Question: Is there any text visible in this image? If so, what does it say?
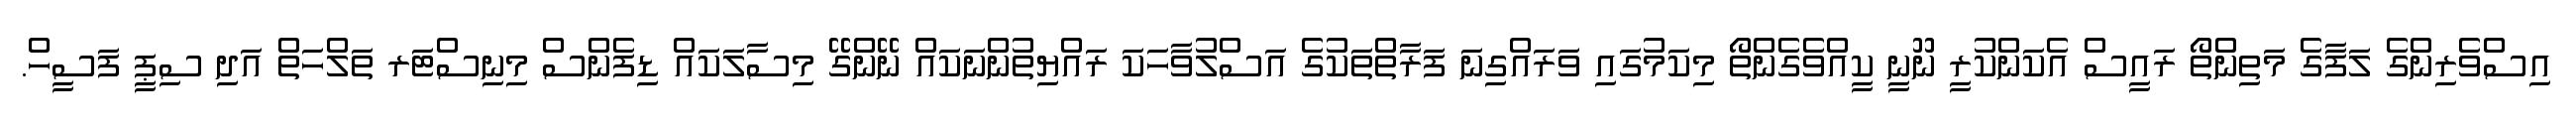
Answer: އިސްވެރިންގެ ލަފާގެ މަތިންތޯ ރައީސް އެކަންކުރީ ނޫނީ ކީއްވެގެންތޯ މިކަމުގައި ވަރައްގިނަ ފަރާތްތަކުގެ އަސްލުވާހަކަ ރައްޔިތުންނަކައް ނޭންގޭ މިސާލަކައް ޑިފެންސް މިނިސްޓަރ ތަލްހަތް އަދި ސިޕީ ފަސީހް.